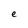
Character: e